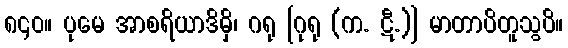
၈၄၀။ ပုမေ အာစရိယာဒိမှိ၊ ဂရု [ဂုရု (က. ဋီ.)] မာတာပိတူသွပိ။